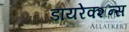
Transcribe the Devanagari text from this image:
डायरेक्शन्स